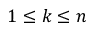
1 \leq k \leq n